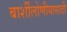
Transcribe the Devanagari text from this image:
बार्शीलोणीयासाठी